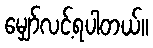
မျှော်လင့်ရပါတယ်။